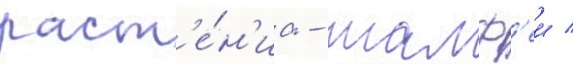
раст'е́н'иа - шалф'еи /